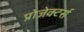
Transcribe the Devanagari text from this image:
प्रोजेक्टर्स